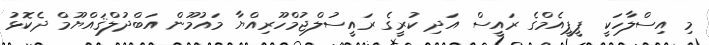
މި އިސްލާހަކީ ޕީޕީއެމްގެ ރައީސް އަދި ކުރީގެ ރައީސުލްޖުމްހޫރިއްޔާ މައުމޫން އަބްދުލްޤައްޔޫމް ދެކޮޅު